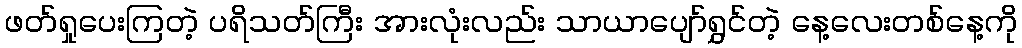
ဖတ်ရှုပေးကြတဲ့ ပရိသတ်ကြီး အားလုံးလည်း သာယာပျော်ရွှင်တဲ့ နေ့လေးတစ်နေ့ကို